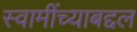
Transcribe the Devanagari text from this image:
स्वामींच्याबद्दल